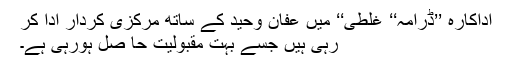
اداکارہ ’’ڈرامہ‘‘ غلطی‘‘ میں عفان وحید کے ساتھ مرکزی کردار ادا کر
رہی ہیں جسے بہت مقبولیت حا صل ہورہی ہے۔